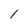
Character: 1